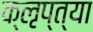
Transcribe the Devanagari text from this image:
क्‍ऌप्‍त्या